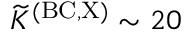
{ \widetilde K } ^ { \mathrm { ( B C , X ) } } \sim 2 0